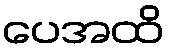
ပေအထိ